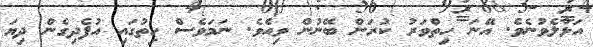
އަޅާލެވުނެވެ. އޭނަ ހިތްވަރު ކުރަން ބޭނުން ވިއެވެ. ނަމަވެސް ހިތުގައި އުފެދިގެން ދިޔަ